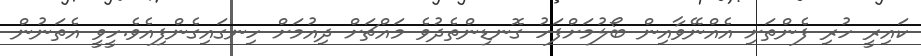
ކައިރީ ހުރި ފެންތަށި އެއްނޭވާއިން ބޯލުމަށްފަހު ގޮނޑިންތެދުވެ މައްޗަށް ދިއުމަށް ހިނގައިގެންފިއެވެ.ހީވީ އެތަނުން